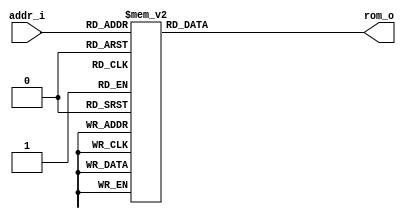
// Name: rom_volts.v
//
// Description: 


module rom_volts (
  input      [8:0] addr_i,
  output reg [11:0] rom_o
);

  always@(addr_i)  
    case(addr_i)
        0 : rom_o = 12'b000000000000; //0.000000
        1 : rom_o = 12'b000000000000; //0.000000
        2 : rom_o = 12'b000000000000; //0.000000
        3 : rom_o = 12'b000000000000; //0.000000
        4 : rom_o = 12'b000000000000; //0.000000
        5 : rom_o = 12'b000000000000; //0.000000
        6 : rom_o = 12'b000000000000; //0.000000
        7 : rom_o = 12'b000000000000; //0.000000
        8 : rom_o = 12'b000000000000; //0.000000
        9 : rom_o = 12'b000000000000; //0.000000
       10 : rom_o = 12'b000001111100; //0.100000
       11 : rom_o = 12'b000001111100; //0.100000
       12 : rom_o = 12'b000001111100; //0.100000
       13 : rom_o = 12'b000001111100; //0.100000
       14 : rom_o = 12'b000001111100; //0.100000
       15 : rom_o = 12'b000001111100; //0.100000
       16 : rom_o = 12'b000001111100; //0.100000
       17 : rom_o = 12'b000001111100; //0.100000
       18 : rom_o = 12'b000001111100; //0.100000
       19 : rom_o = 12'b000001111100; //0.100000
       20 : rom_o = 12'b000011111000; //0.200000
       21 : rom_o = 12'b000011111000; //0.200000
       22 : rom_o = 12'b000011111000; //0.200000
       23 : rom_o = 12'b000011111000; //0.200000
       24 : rom_o = 12'b000011111000; //0.200000
       25 : rom_o = 12'b000011111000; //0.200000
       26 : rom_o = 12'b000011111000; //0.200000
       27 : rom_o = 12'b000011111000; //0.200000
       28 : rom_o = 12'b000011111000; //0.200000
       29 : rom_o = 12'b000011111000; //0.200000
       30 : rom_o = 12'b000101110100; //0.300000
       31 : rom_o = 12'b000101110100; //0.300000
       32 : rom_o = 12'b000101110100; //0.300000
       33 : rom_o = 12'b000101110100; //0.300000
       34 : rom_o = 12'b000101110100; //0.300000
       35 : rom_o = 12'b000101110100; //0.300000
       36 : rom_o = 12'b000101110100; //0.300000
       37 : rom_o = 12'b000101110100; //0.300000
       38 : rom_o = 12'b000101110100; //0.300000
       39 : rom_o = 12'b000101110100; //0.300000
       40 : rom_o = 12'b000111110000; //0.400000
       41 : rom_o = 12'b000111110000; //0.400000
       42 : rom_o = 12'b000111110000; //0.400000
       43 : rom_o = 12'b000111110000; //0.400000
       44 : rom_o = 12'b000111110000; //0.400000
       45 : rom_o = 12'b000111110000; //0.400000
       46 : rom_o = 12'b000111110000; //0.400000
       47 : rom_o = 12'b000111110000; //0.400000
       48 : rom_o = 12'b000111110000; //0.400000
       49 : rom_o = 12'b000111110000; //0.400000
       50 : rom_o = 12'b001001101100; //0.500000
       51 : rom_o = 12'b001001101100; //0.500000
       52 : rom_o = 12'b001001101100; //0.500000
       53 : rom_o = 12'b001001101100; //0.500000
       54 : rom_o = 12'b001001101100; //0.500000
       55 : rom_o = 12'b001001101100; //0.500000
       56 : rom_o = 12'b001001101100; //0.500000
       57 : rom_o = 12'b001001101100; //0.500000
       58 : rom_o = 12'b001001101100; //0.500000
       59 : rom_o = 12'b001001101100; //0.500000
       60 : rom_o = 12'b001011101000; //0.600000
       61 : rom_o = 12'b001011101000; //0.600000
       62 : rom_o = 12'b001011101000; //0.600000
       63 : rom_o = 12'b001011101000; //0.600000
       64 : rom_o = 12'b001011101000; //0.600000
       65 : rom_o = 12'b001011101000; //0.600000
       66 : rom_o = 12'b001011101000; //0.600000
       67 : rom_o = 12'b001011101000; //0.600000
       68 : rom_o = 12'b001011101000; //0.600000
       69 : rom_o = 12'b001011101000; //0.600000
       70 : rom_o = 12'b001101100100; //0.700000
       71 : rom_o = 12'b001101100100; //0.700000
       72 : rom_o = 12'b001101100100; //0.700000
       73 : rom_o = 12'b001101100100; //0.700000
       74 : rom_o = 12'b001101100100; //0.700000
       75 : rom_o = 12'b001101100100; //0.700000
       76 : rom_o = 12'b001101100100; //0.700000
       77 : rom_o = 12'b001101100100; //0.700000
       78 : rom_o = 12'b001101100100; //0.700000
       79 : rom_o = 12'b001101100100; //0.700000
       80 : rom_o = 12'b001111100000; //0.800000
       81 : rom_o = 12'b001111100000; //0.800000
       82 : rom_o = 12'b001111100000; //0.800000
       83 : rom_o = 12'b001111100000; //0.800000
       84 : rom_o = 12'b001111100000; //0.800000
       85 : rom_o = 12'b001111100000; //0.800000
       86 : rom_o = 12'b001111100000; //0.800000
       87 : rom_o = 12'b001111100000; //0.800000
       88 : rom_o = 12'b001111100000; //0.800000
       89 : rom_o = 12'b001111100000; //0.800000
       90 : rom_o = 12'b010001011100; //0.900000
       91 : rom_o = 12'b010001011100; //0.900000
       92 : rom_o = 12'b010001011100; //0.900000
       93 : rom_o = 12'b010001011100; //0.900000
       94 : rom_o = 12'b010001011100; //0.900000
       95 : rom_o = 12'b010001011100; //0.900000
       96 : rom_o = 12'b010001011100; //0.900000
       97 : rom_o = 12'b010001011100; //0.900000
       98 : rom_o = 12'b010001011100; //0.900000
       99 : rom_o = 12'b010001011100; //0.900000
      100 : rom_o = 12'b010011011000; //1.000000
      101 : rom_o = 12'b010011011000; //1.000000
      102 : rom_o = 12'b010011011000; //1.000000
      103 : rom_o = 12'b010011011000; //1.000000
      104 : rom_o = 12'b010011011000; //1.000000
      105 : rom_o = 12'b010011011000; //1.000000
      106 : rom_o = 12'b010011011000; //1.000000
      107 : rom_o = 12'b010011011000; //1.000000
      108 : rom_o = 12'b010011011000; //1.000000
      109 : rom_o = 12'b010011011000; //1.000000
      110 : rom_o = 12'b010101010100; //1.100000
      111 : rom_o = 12'b010101010100; //1.100000
      112 : rom_o = 12'b010101010100; //1.100000
      113 : rom_o = 12'b010101010100; //1.100000
      114 : rom_o = 12'b010101010100; //1.100000
      115 : rom_o = 12'b010101010100; //1.100000
      116 : rom_o = 12'b010101010100; //1.100000
      117 : rom_o = 12'b010101010100; //1.100000
      118 : rom_o = 12'b010101010100; //1.100000
      119 : rom_o = 12'b010101010100; //1.100000
      120 : rom_o = 12'b010111010000; //1.200000
      121 : rom_o = 12'b010111010000; //1.200000
      122 : rom_o = 12'b010111010000; //1.200000
      123 : rom_o = 12'b010111010000; //1.200000
      124 : rom_o = 12'b010111010000; //1.200000
      125 : rom_o = 12'b010111010000; //1.200000
      126 : rom_o = 12'b010111010000; //1.200000
      127 : rom_o = 12'b010111010000; //1.200000
      128 : rom_o = 12'b010111010000; //1.200000
      129 : rom_o = 12'b010111010000; //1.200000
      130 : rom_o = 12'b011001001100; //1.300000
      131 : rom_o = 12'b011001001100; //1.300000
      132 : rom_o = 12'b011001001100; //1.300000
      133 : rom_o = 12'b011001001100; //1.300000
      134 : rom_o = 12'b011001001100; //1.300000
      135 : rom_o = 12'b011001001100; //1.300000
      136 : rom_o = 12'b011001001100; //1.300000
      137 : rom_o = 12'b011001001100; //1.300000
      138 : rom_o = 12'b011001001100; //1.300000
      139 : rom_o = 12'b011001001100; //1.300000
      140 : rom_o = 12'b011011001000; //1.400000
      141 : rom_o = 12'b011011001000; //1.400000
      142 : rom_o = 12'b011011001000; //1.400000
      143 : rom_o = 12'b011011001000; //1.400000
      144 : rom_o = 12'b011011001000; //1.400000
      145 : rom_o = 12'b011011001000; //1.400000
      146 : rom_o = 12'b011011001000; //1.400000
      147 : rom_o = 12'b011011001000; //1.400000
      148 : rom_o = 12'b011011001000; //1.400000
      149 : rom_o = 12'b011011001000; //1.400000
      150 : rom_o = 12'b011101000100; //1.500000
      151 : rom_o = 12'b011101000100; //1.500000
      152 : rom_o = 12'b011101000100; //1.500000
      153 : rom_o = 12'b011101000100; //1.500000
      154 : rom_o = 12'b011101000100; //1.500000
      155 : rom_o = 12'b011101000100; //1.500000
      156 : rom_o = 12'b011101000100; //1.500000
      157 : rom_o = 12'b011101000100; //1.500000
      158 : rom_o = 12'b011101000100; //1.500000
      159 : rom_o = 12'b011101000100; //1.500000
      160 : rom_o = 12'b011111000000; //1.600000
      161 : rom_o = 12'b011111000000; //1.600000
      162 : rom_o = 12'b011111000000; //1.600000
      163 : rom_o = 12'b011111000000; //1.600000
      164 : rom_o = 12'b011111000000; //1.600000
      165 : rom_o = 12'b011111000000; //1.600000
      166 : rom_o = 12'b011111000000; //1.600000
      167 : rom_o = 12'b011111000000; //1.600000
      168 : rom_o = 12'b011111000000; //1.600000
      169 : rom_o = 12'b011111000000; //1.600000
      170 : rom_o = 12'b100000111100; //1.700000
      171 : rom_o = 12'b100000111100; //1.700000
      172 : rom_o = 12'b100000111100; //1.700000
      173 : rom_o = 12'b100000111100; //1.700000
      174 : rom_o = 12'b100000111100; //1.700000
      175 : rom_o = 12'b100000111100; //1.700000
      176 : rom_o = 12'b100000111100; //1.700000
      177 : rom_o = 12'b100000111100; //1.700000
      178 : rom_o = 12'b100000111100; //1.700000
      179 : rom_o = 12'b100000111100; //1.700000
      180 : rom_o = 12'b100010111000; //1.800000
      181 : rom_o = 12'b100010111000; //1.800000
      182 : rom_o = 12'b100010111000; //1.800000
      183 : rom_o = 12'b100010111000; //1.800000
      184 : rom_o = 12'b100010111000; //1.800000
      185 : rom_o = 12'b100010111000; //1.800000
      186 : rom_o = 12'b100010111000; //1.800000
      187 : rom_o = 12'b100010111000; //1.800000
      188 : rom_o = 12'b100010111000; //1.800000
      189 : rom_o = 12'b100010111000; //1.800000
      190 : rom_o = 12'b100100110100; //1.900000
      191 : rom_o = 12'b100100110100; //1.900000
      192 : rom_o = 12'b100100110100; //1.900000
      193 : rom_o = 12'b100100110100; //1.900000
      194 : rom_o = 12'b100100110100; //1.900000
      195 : rom_o = 12'b100100110100; //1.900000
      196 : rom_o = 12'b100100110100; //1.900000
      197 : rom_o = 12'b100100110100; //1.900000
      198 : rom_o = 12'b100100110100; //1.900000
      199 : rom_o = 12'b100100110100; //1.900000
      200 : rom_o = 12'b100110110000; //2.000000
      201 : rom_o = 12'b100110110000; //2.000000
      202 : rom_o = 12'b100110110000; //2.000000
      203 : rom_o = 12'b100110110000; //2.000000
      204 : rom_o = 12'b100110110000; //2.000000
      205 : rom_o = 12'b100110110000; //2.000000
      206 : rom_o = 12'b100110110000; //2.000000
      207 : rom_o = 12'b100110110000; //2.000000
      208 : rom_o = 12'b100110110000; //2.000000
      209 : rom_o = 12'b100110110000; //2.000000
      210 : rom_o = 12'b101000101100; //2.100000
      211 : rom_o = 12'b101000101100; //2.100000
      212 : rom_o = 12'b101000101100; //2.100000
      213 : rom_o = 12'b101000101100; //2.100000
      214 : rom_o = 12'b101000101100; //2.100000
      215 : rom_o = 12'b101000101100; //2.100000
      216 : rom_o = 12'b101000101100; //2.100000
      217 : rom_o = 12'b101000101100; //2.100000
      218 : rom_o = 12'b101000101100; //2.100000
      219 : rom_o = 12'b101000101100; //2.100000
      220 : rom_o = 12'b101010101000; //2.200000
      221 : rom_o = 12'b101010101000; //2.200000
      222 : rom_o = 12'b101010101000; //2.200000
      223 : rom_o = 12'b101010101000; //2.200000
      224 : rom_o = 12'b101010101000; //2.200000
      225 : rom_o = 12'b101010101000; //2.200000
      226 : rom_o = 12'b101010101000; //2.200000
      227 : rom_o = 12'b101010101000; //2.200000
      228 : rom_o = 12'b101010101000; //2.200000
      229 : rom_o = 12'b101010101000; //2.200000
      230 : rom_o = 12'b101100100100; //2.300000
      231 : rom_o = 12'b101100100100; //2.300000
      232 : rom_o = 12'b101100100100; //2.300000
      233 : rom_o = 12'b101100100100; //2.300000
      234 : rom_o = 12'b101100100100; //2.300000
      235 : rom_o = 12'b101100100100; //2.300000
      236 : rom_o = 12'b101100100100; //2.300000
      237 : rom_o = 12'b101100100100; //2.300000
      238 : rom_o = 12'b101100100100; //2.300000
      239 : rom_o = 12'b101100100100; //2.300000
      240 : rom_o = 12'b101110100000; //2.400000
      241 : rom_o = 12'b101110100000; //2.400000
      242 : rom_o = 12'b101110100000; //2.400000
      243 : rom_o = 12'b101110100000; //2.400000
      244 : rom_o = 12'b101110100000; //2.400000
      245 : rom_o = 12'b101110100000; //2.400000
      246 : rom_o = 12'b101110100000; //2.400000
      247 : rom_o = 12'b101110100000; //2.400000
      248 : rom_o = 12'b101110100000; //2.400000
      249 : rom_o = 12'b101110100000; //2.400000
      250 : rom_o = 12'b110000011100; //2.500000
      251 : rom_o = 12'b110000011100; //2.500000
      252 : rom_o = 12'b110000011100; //2.500000
      253 : rom_o = 12'b110000011100; //2.500000
      254 : rom_o = 12'b110000011100; //2.500000
      255 : rom_o = 12'b110000011100; //2.500000
      256 : rom_o = 12'b110000011100; //2.500000
      257 : rom_o = 12'b110000011100; //2.500000
      258 : rom_o = 12'b110000011100; //2.500000
      259 : rom_o = 12'b110000011100; //2.500000
      260 : rom_o = 12'b110010011000; //2.600000
      261 : rom_o = 12'b110010011000; //2.600000
      262 : rom_o = 12'b110010011000; //2.600000
      263 : rom_o = 12'b110010011000; //2.600000
      264 : rom_o = 12'b110010011000; //2.600000
      265 : rom_o = 12'b110010011000; //2.600000
      266 : rom_o = 12'b110010011000; //2.600000
      267 : rom_o = 12'b110010011000; //2.600000
      268 : rom_o = 12'b110010011000; //2.600000
      269 : rom_o = 12'b110010011000; //2.600000
      270 : rom_o = 12'b110100010100; //2.700000
      271 : rom_o = 12'b110100010100; //2.700000
      272 : rom_o = 12'b110100010100; //2.700000
      273 : rom_o = 12'b110100010100; //2.700000
      274 : rom_o = 12'b110100010100; //2.700000
      275 : rom_o = 12'b110100010100; //2.700000
      276 : rom_o = 12'b110100010100; //2.700000
      277 : rom_o = 12'b110100010100; //2.700000
      278 : rom_o = 12'b110100010100; //2.700000
      279 : rom_o = 12'b110100010100; //2.700000
      280 : rom_o = 12'b110110010000; //2.800000
      281 : rom_o = 12'b110110010000; //2.800000
      282 : rom_o = 12'b110110010000; //2.800000
      283 : rom_o = 12'b110110010000; //2.800000
      284 : rom_o = 12'b110110010000; //2.800000
      285 : rom_o = 12'b110110010000; //2.800000
      286 : rom_o = 12'b110110010000; //2.800000
      287 : rom_o = 12'b110110010000; //2.800000
      288 : rom_o = 12'b110110010000; //2.800000
      289 : rom_o = 12'b110110010000; //2.800000
      290 : rom_o = 12'b111000001100; //2.900000
      291 : rom_o = 12'b111000001100; //2.900000
      292 : rom_o = 12'b111000001100; //2.900000
      293 : rom_o = 12'b111000001100; //2.900000
      294 : rom_o = 12'b111000001100; //2.900000
      295 : rom_o = 12'b111000001100; //2.900000
      296 : rom_o = 12'b111000001100; //2.900000
      297 : rom_o = 12'b111000001100; //2.900000
      298 : rom_o = 12'b111000001100; //2.900000
      299 : rom_o = 12'b111000001100; //2.900000
      300 : rom_o = 12'b111010001000; //3.000000
      301 : rom_o = 12'b111010001000; //3.000000
      302 : rom_o = 12'b111010001000; //3.000000
      303 : rom_o = 12'b111010001000; //3.000000
      304 : rom_o = 12'b111010001000; //3.000000
      305 : rom_o = 12'b111010001000; //3.000000
      306 : rom_o = 12'b111010001000; //3.000000
      307 : rom_o = 12'b111010001000; //3.000000
      308 : rom_o = 12'b111010001000; //3.000000
      309 : rom_o = 12'b111010001000; //3.000000  
	  default: rom_o = 12'b000000000000;
	endcase
endmodule